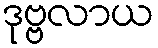
ဒုဗ္ဗလာယ